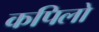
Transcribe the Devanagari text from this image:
कपिलो